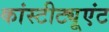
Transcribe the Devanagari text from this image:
कांस्टीट्यूएंट